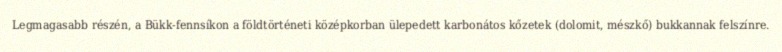
Legmagasabb részén, a Bükk-fennsíkon a földtörténeti középkorban ülepedett karbonátos kőzetek (dolomit, mészkő) bukkannak felszínre.